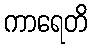
ကာရေတိ